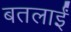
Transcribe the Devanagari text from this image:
बतलाईं